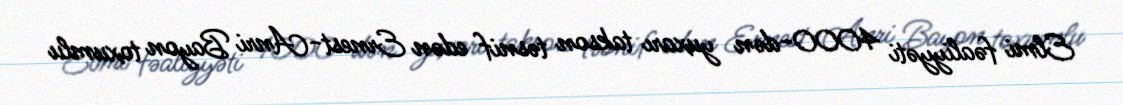
Elmi fəaliyyəti 4000-dən yuxarı takson təsnif edən Ernest-Anri Bayon toxumlu